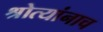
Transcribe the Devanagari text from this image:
श्रोत्यांनाच